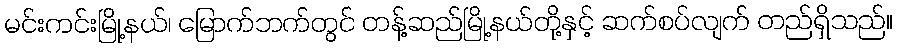
မင်းကင်းမြို့နယ်၊ မြောက်ဘက်တွင် တန့်ဆည်မြို့နယ်တို့နှင့် ဆက်စပ်လျက် တည်ရှိသည်။